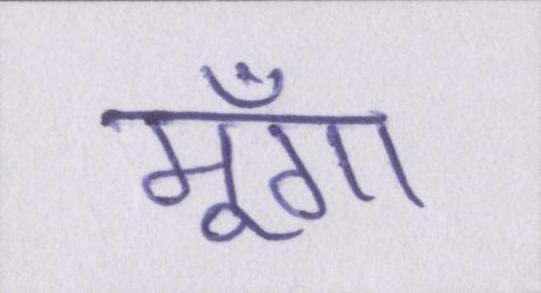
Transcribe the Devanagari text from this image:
मूँगा